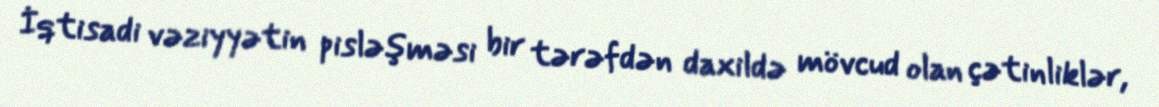
İqtisadi vəziyyətin pisləşməsi bir tərəfdən daxildə mövcud olan çətinliklər,